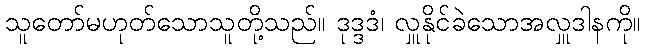
သူတော်မဟုတ်သောသူတို့သည်။ ဒုဒ္ဒဒံ၊ လှူနိုင်ခဲသောအလှူဒါနကို။